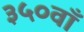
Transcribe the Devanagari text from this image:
३५०वाँ